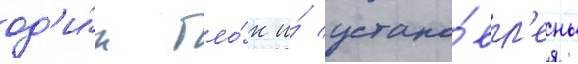
од'и́н бло́к и́ устано́вл'ены